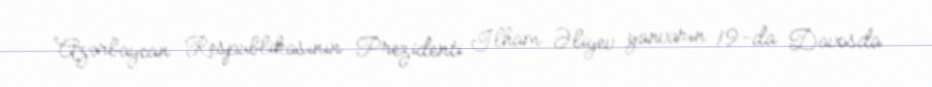
Azərbaycan Respublikasının Prezidenti İlham Əliyev yanvarın 19-da Davosda